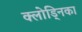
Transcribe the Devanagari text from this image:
क्लोड्निका